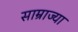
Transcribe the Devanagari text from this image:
साम्राज्या